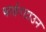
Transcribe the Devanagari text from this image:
बार्डरटाउन